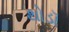
થોડૉ